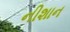
નીશાન